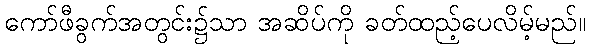
ကော်ဖီခွက်အတွင်း၌သာ အဆိပ်ကို ခတ်ထည့်ပေလိမ့်မည်။